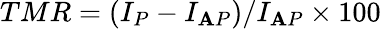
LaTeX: TMR=(I_{P}-I_{\mathbf{A}P})/I_{\mathbf{A}P}\times100